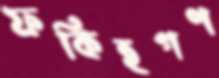
ফকিহগণ